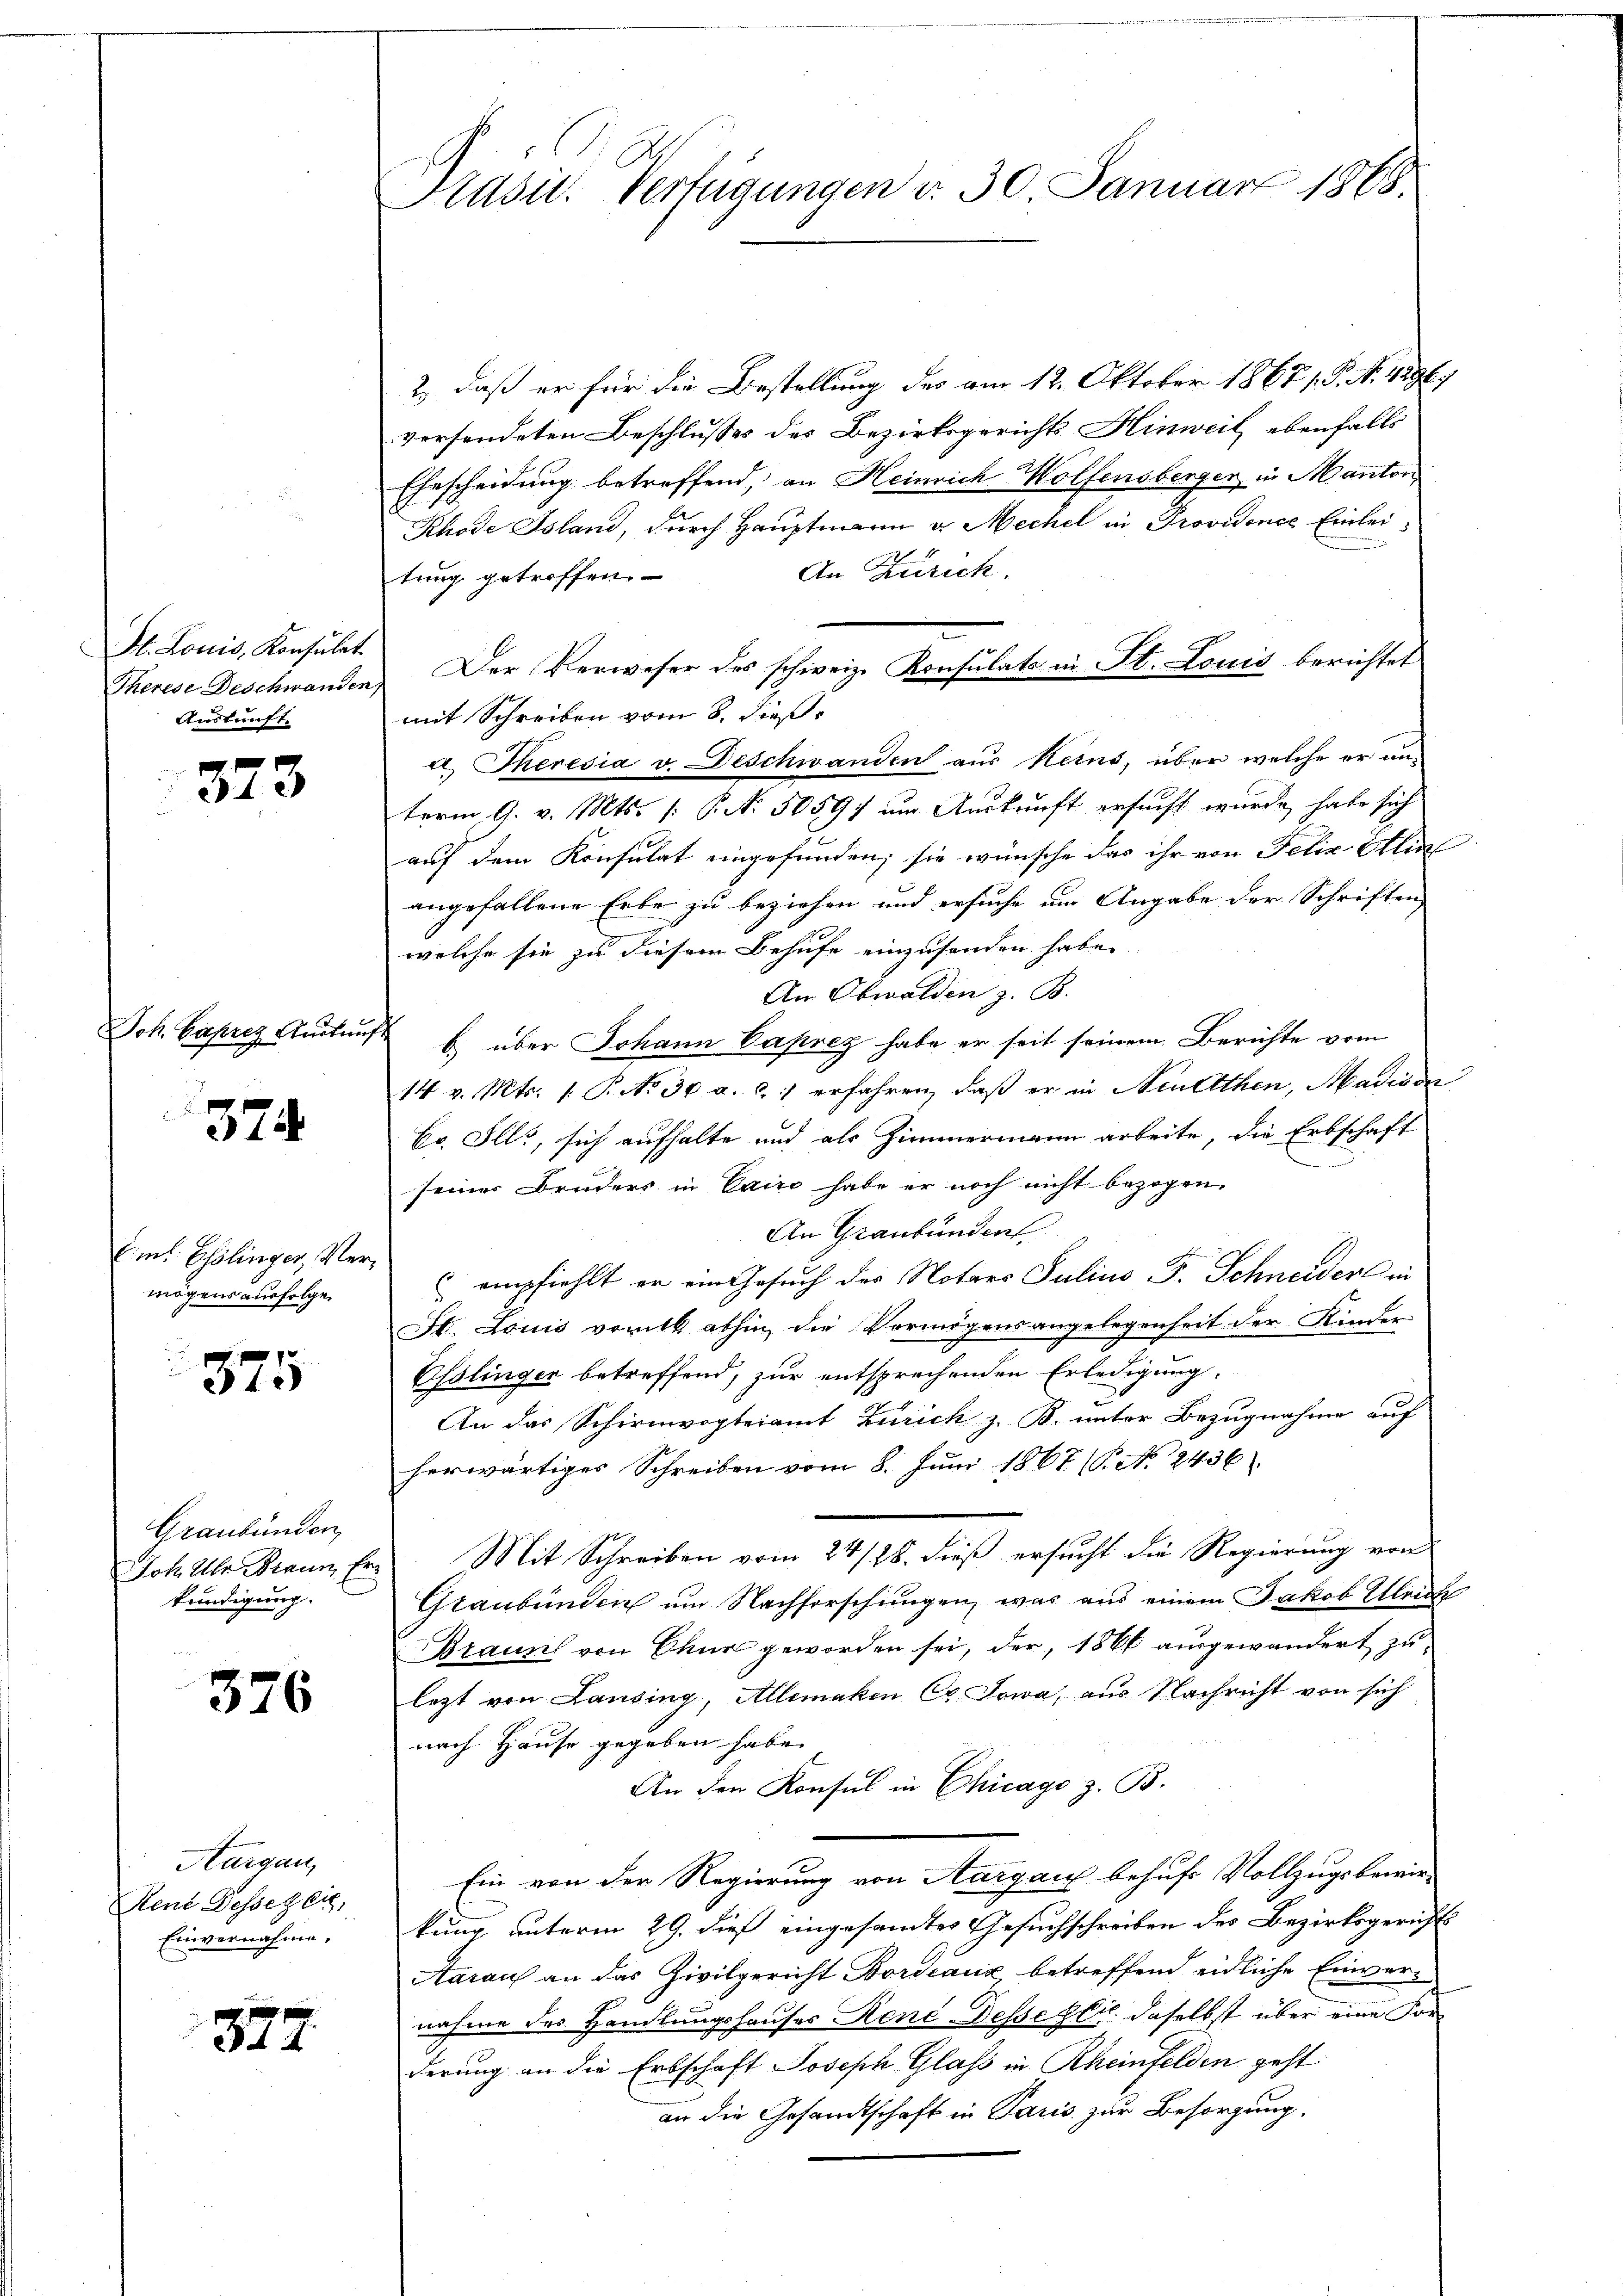
St. Louis, Konsulat.
Auskunft

373

Joh. Baprez Auitung

374

Emnt Esslinger, Vermögens ausfolgen

375

Graubünden
kundigung.

376

Aargau,
Kent Desseger,
Einvernahme.

377.

2), daß er für die Bestellung des am 12. Oktober 1867 / P. N. 4296)
versendeten Beschlusses des Bezirksgerichts Hinweil ebenfalls
Ehescheidung betreffend, an Heinrich Wolfensbergen, in Manton
Rhode Island, durch Hauptmann v. Mechel in Providence Einlei¬
An Zürich.
tung getroffen.
Therese Deschwanden. Der Verweser des schweiz. Konsulats in St. Louis berichtet
mit Schreiben vom 8. dieß
a Theresia v. Deschwanden aus keins, über welche er anterm 9. v. Mts. (: P. N. 50597 um Auskunft ersucht wurde, habe sich
auf dem Konsulat eingefunden, sie wünsche das ihr von Felix Alin
angefallene Erbe zu beziehen und ersuche um Angabe der Schriften
welche sie zu diesem Behufe einzusenden habe.
An Obwalden z. B.
f
b) über Johann Caprez habe er seit seinem Berichte vom
14 v. Mts. 1. P. Nr. 30. a. c. 1 erfahren, daß er in Neuerthen, Madison
Co. Ills, sich aufhalte und als Zimmermann arbeite, die Erbschaft
G
seiner Bruders in Cairo habe er noch nicht bezogen.
An Graubünden
empfiehlt er ein Gesuch des Notars Julius F. Schneider in
St. Louis vorill abhin, die Vermögensangelegenheit der Kinder
Esslinger betreffend, zur entsprechenden Erledigung.
An das Schirmvogteiamt Zürich z. B. unter Bezugnahme auf
herwärtiges Schreiben vom 8. Juni 1867 (T. N. 2436
Joh Uhr Braun, Er. Mit Schreiben vom 24/28. dieß ersucht die Regierung von
Graubünden um Nachforschungen, was aus einem Jakob Ulrich
Braun von Chur geworden sei, der, 1866 ausgewandert zu
lezt von Lausing, Allemaken Cr. Jowa, aus Nachricht von sich
nach Hause gegeben habe.
An den Konsul in Chicago z. B.
Ein von der Regierung von Aargau behufs Vollzugsbewir-
kung unterm 29. dieß eingesamter Gesuchschreiben des Bezirksgerichts
Aarauf an das Zivilgericht Bordeaux betreffend eidliche Einvernahme des Handlungshauses René Dessestie daselbst über eine Vorderung an die Erbschaft Joseph Glass in Rheinfelden geht
an die Gesandtschaft in Paris zur Besorgung,

Präsid. Verfügungen v. 30. Januar 1868.